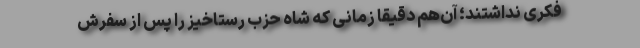
فكری نداشتند؛ آن‌‌هم دقیقا زمانی ‌كه شاه حزب رستاخیز را پس از سفرش